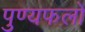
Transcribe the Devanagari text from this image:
पुण्यफलों